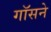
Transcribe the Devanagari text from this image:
गॉसने